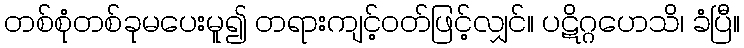
တစ်စုံတစ်ခုမပေးမူ၍ တရားကျင့်ဝတ်ဖြင့်လျှင်။ ပဋိဂ္ဂဟေသိ၊ ခံပြီ။